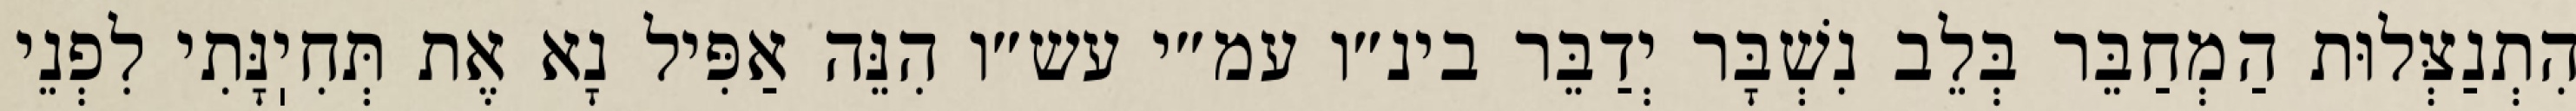
הִתְנַצְּלוּת הַמְחַבֵּר בְּלֵב נִשְׁבָּר יְדַבֵּר בינ״ו עמ״י עש״ו הִנֵּה אַפִּיל נָא אֶת תְּחִיֽנָּתִי לִפְנֵי